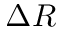
\Delta R